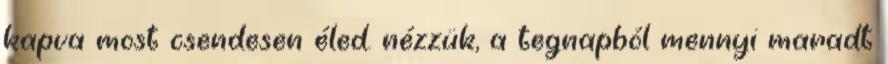
kapva most csendesen éled. nézzük, a tegnapból mennyi maradt